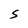
Character: S